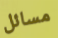
مسائل